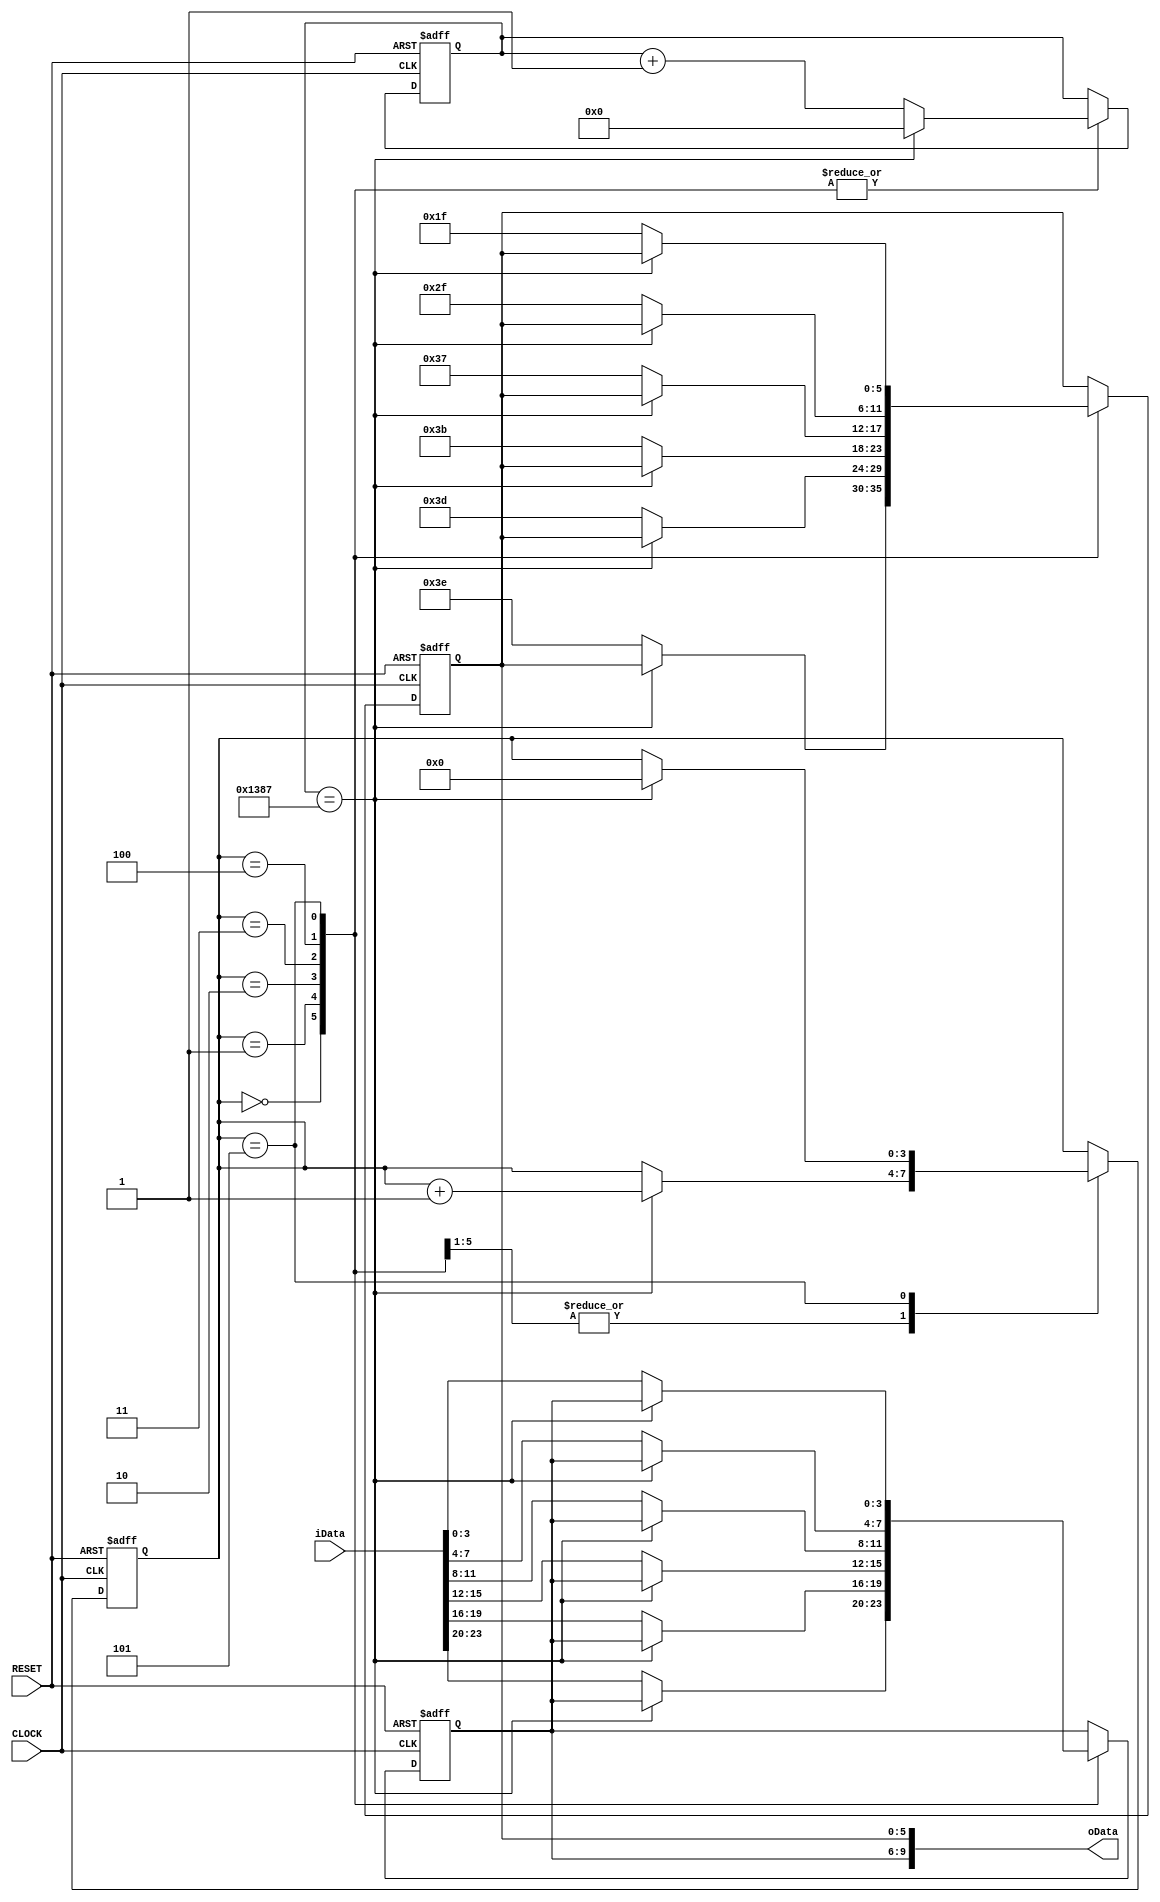
module smg_funcmod
(
    input CLOCK, RESET,
	 input [23:0]iData,
	 output [9:0]oData
);
	 parameter T100US = 13'd5000;
	 
	 reg [3:0]i;
	 reg [12:0]C1;
	 reg [3:0]D1;
	 reg [5:0]D2;
	 
	 always @ ( posedge CLOCK or negedge RESET )
	     if( !RESET )
		      begin
		          i <= 4'd0;
					 C1 <= 13'd0;
			    	 D1 <= 4'd0;
					 D2 <= 6'b111_110;
				end
		  else 
		      case( i )
				
				    0:
					 if( C1 == T100US -1 ) begin C1 <= 13'd0; i <= i + 1'b1; end
				    else begin C1 <= C1 + 1'b1; D1 <= iData[23:20]; D2 <= 6'b111_110; end
					 
					 1:
					 if( C1 == T100US -1 ) begin C1 <= 13'd0; i <= i + 1'b1; end
				    else begin C1 <= C1 + 1'b1; D1 <= iData[19:16]; D2 <= 6'b111_101; end
					 
					 2:
					 if( C1 == T100US -1 ) begin C1 <= 13'd0; i <= i + 1'b1; end
				    else begin C1 <= C1 + 1'b1; D1 <= iData[15:12]; D2 <= 6'b111_011; end
					 
					 3:
					 if( C1 == T100US -1 ) begin C1 <= 13'd0; i <= i + 1'b1; end
				    else begin C1 <= C1 + 1'b1; D1 <= iData[11:8]; D2 <= 6'b110_111; end
					 
					 4:
					 if( C1 == T100US -1 ) begin C1 <= 13'd0; i <= i + 1'b1; end
				    else begin C1 <= C1 + 1'b1; D1 <= iData[7:4]; D2 <= 6'b101_111; end
					 
					 5:
					 if( C1 == T100US -1 ) begin C1 <= 13'd0; i <= 4'd0; end
				    else begin C1 <= C1 + 1'b1; D1 <= iData[3:0]; D2 <= 6'b011_111; end
					 
				endcase
	 
	 assign oData = {D1,D2};
	 
endmodule